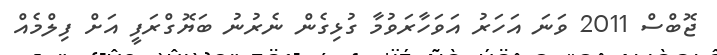
ޖޮބްސް 2011 ވަނަ އަހަރު އަވަހާރަވުމާ ގުޅިގެން ނެރުނު ބަޔޮގްރަފީ އަށް ފިލްމެއް